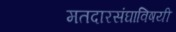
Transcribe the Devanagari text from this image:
मतदारसंघाविषयी